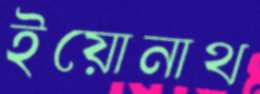
ইয়োনাথ